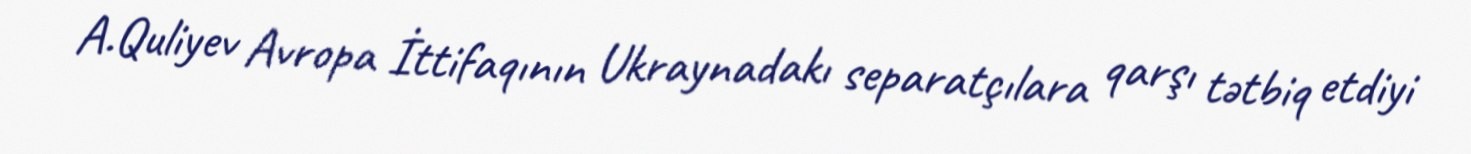
A.Quliyev Avropa İttifaqının Ukraynadakı separatçılara qarşı tətbiq etdiyi